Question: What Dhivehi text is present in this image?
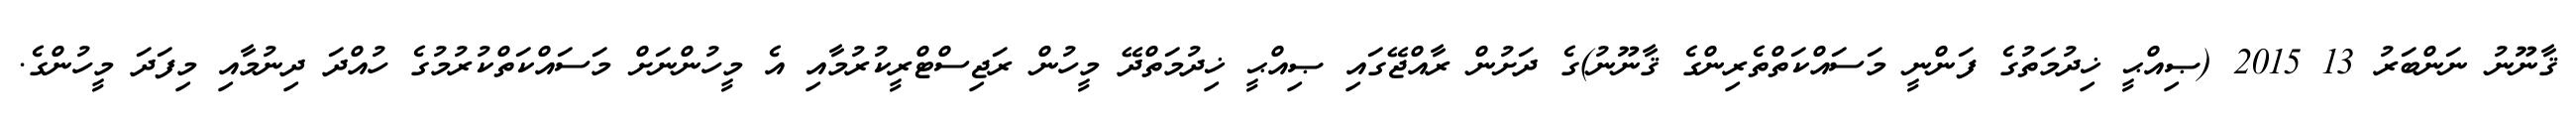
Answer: ޤާނޫނު ނަންބަރު 13 2015 (ޞިއްޙީ ޚިދުމަތުގެ ފަންނީ މަސައްކަތްތެރިންގެ ޤާނޫނު)ގެ ދަށުން ރާއްޖޭގައި ޞިއްޙީ ޚިދުމަތްދޭ މީހުން ރަޖިސްޓްރީކުރުމާއި އެ މީހުންނަށް މަސައްކަތްކުރުމުގެ ހުއްދަ ދިނުމާއި މިފަދަ މީހުންގެ.